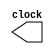
module CLOCK_generation(clock);
output reg clock;
initial 
begin 
clock <= 0 ; 
end 
always 
begin 
#3.125 clock = ~clock;
end 
endmodule